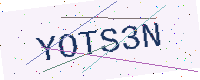
Text: YOTS3N